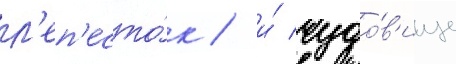
л'еп'есто́к / и́ чудо́в'ище